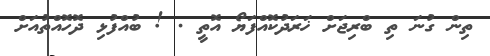
ތިން ގުނަ ތި ބްރިޖަށް ޚަރަދުކޮއްފަޔޯ އޮތީ . ! ބުއްފުޅި ދޮހޮއްތުއަށް